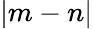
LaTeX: |m-n|